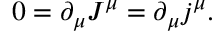
0 = \partial _ { \mu } J ^ { \mu } = \partial _ { \mu } j ^ { \mu } .